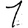
Digit: 1